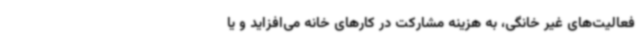
فعالیت‌های غیر خانگی، به هزینه مشارکت در کارهای خانه می‌افزاید و یا